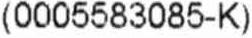
(0005583085-K)